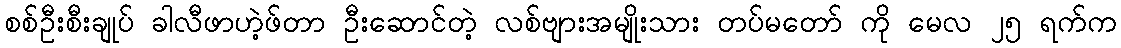
စစ်ဦးစီးချုပ် ခါလီဖာဟဲ့ဖ်တာ ဦးဆောင်တဲ့ လစ်ဗျားအမျိုးသား တပ်မတော် ကို မေလ ၂၅ ရက်က